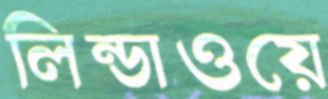
লিন্ডাওয়ে